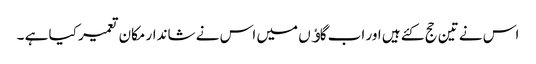
اس نے تین حج کئے ہیں اور اب گاﺅں میں اس نے شاندار مکان تعمیر کیا ہے ۔